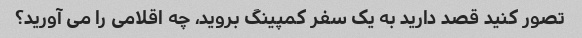
تصور کنید قصد دارید به یک سفر کمپینگ بروید، چه اقلامی را می آورید؟